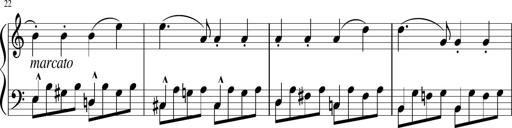
Title: 3 Sonatinen
Composer: Heinrich Lichner